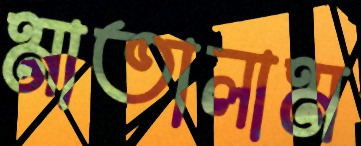
মাতালাম